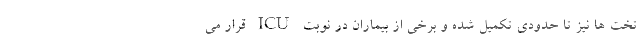
تخت ها نیز تا حدودی تکمیل شده و برخی از بیماران در نوبت ICU قرار می